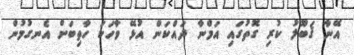
އޭނާ ޤަބޫލު ކުރި ގޮތުގައި އަމްނާ ދައްކަން އުޅޭ ވާހަކަ ހާތިބަށް އެނގުމުން